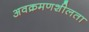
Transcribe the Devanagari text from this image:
अवक्रमणशीलता